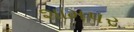
શામપર